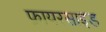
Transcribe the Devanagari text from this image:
फ़ायरसाइड